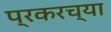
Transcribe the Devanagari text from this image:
प्रकरच्या